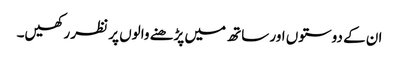
ان کے دوستوں اور ساتھ میں پڑھنے والوں پر نظر رکھیں۔